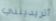
أتريدينني